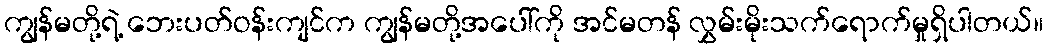
ကျွန်မတို့ရဲ့ ဘေးပတ်ဝန်းကျင်က ကျွန်မတို့အပေါ်ကို အင်မတန် လွှမ်းမိုးသက်ရောက်မှုရှိပါတယ်။